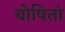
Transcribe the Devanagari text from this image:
योषितां